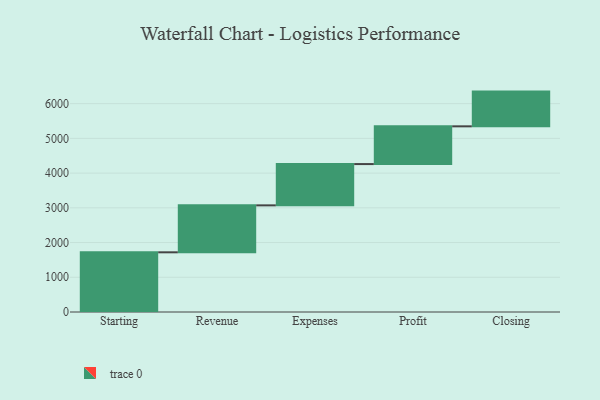
{"axis": {"x": "Step", "y": "Value"}, "legend": [""], "data": [{"x": "Starting", "y": 1719.0, "type": ""}, {"x": "Revenue", "y": 1352.0, "type": ""}, {"x": "Expenses", "y": 1189.0, "type": ""}, {"x": "Profit", "y": 1087.0, "type": ""}, {"x": "Closing", "y": 1000, "type": ""}]}